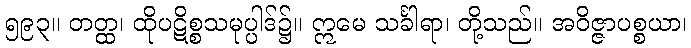
၅၉၃။ တတ္ထ၊ ထိုပဋိစ္စသမုပ္ပါဒ်၌။ ဣမေ သင်္ခါရာ၊ တို့သည်။ အဝိဇ္ဇာပစ္စယာ၊